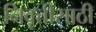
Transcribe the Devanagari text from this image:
निवृत्तीसाठी